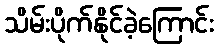
သိမ်းပိုက်နိုင်ခဲ့ကြောင်း